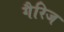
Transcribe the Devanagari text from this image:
गैरिज